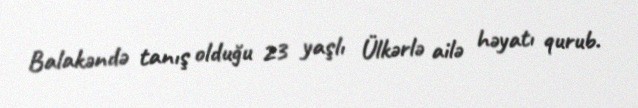
Balakəndə tanış olduğu 23 yaşlı Ülkərlə ailə həyatı qurub.